Election expenses, 1919, 1919
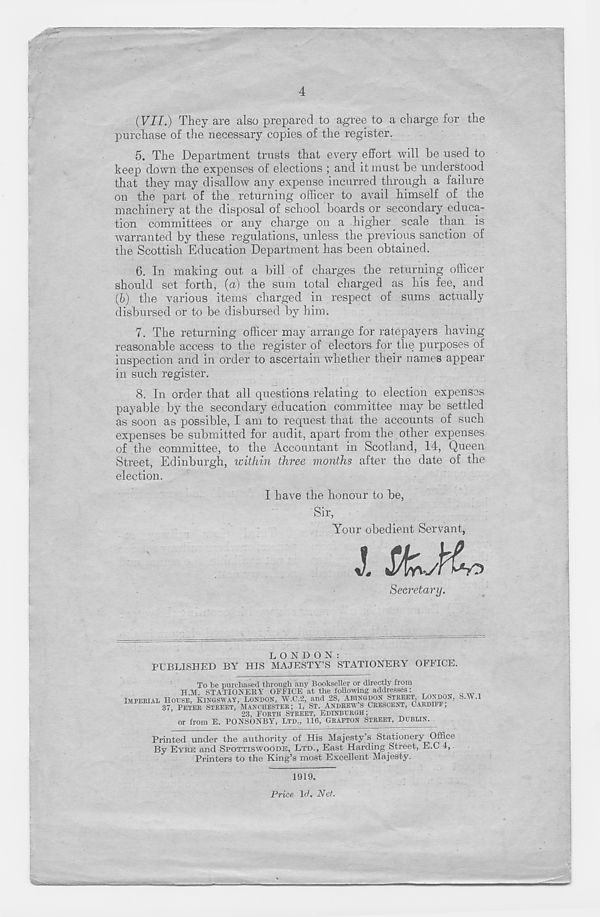
4
(VII.) They are also prepared to agree to a charge for the
purchase of the necessary copies of the register.
5. The Department trusts that every effort will he used to
keep down the expenses of elections ; and it must he understood
that they may disallow any expense incurred through a failure
on the part of the returning officer to avail himself of the
machinery at the disposal of school boards or secondary educa-
tion committees or any charge on a higher scale than is
warranted by these regulations, unless the previous sanction of
the Scottish Education Department has been obtained.
6. In making out a bill of charges the returning officer
should set forth, (a) the sum total charged as his fee, and
(6) the various items charged in respect of sums actually
disbursed or to be disbursed by him.
7. The returning officer may arrange for ratepayers having
reasonable access to the register of electors for the purposes of
inspection and in order to ascertain whether their names appear
in such register.
8. In order that all questions relating to election expenses
payable by the secondary education committee may be settled
as soon as possible, I am to request that the accounts of such
expenses be submitted for audit, apart from the other expenses
of the committee, to the Accountant in Scotland, 14, Queen
Street, Edinburgh, within three months after the date of the
election.
I have the honour to be,
Sir,
Your obedient Servant,
J.
Secretary.
LONDON:
PUBLISHED BY HIS MAJESTY’S STATIONERY OFFICE.
To tie purchased through any Bookseller or directly from
H M STATIONEBY OFFICE at the following addresses:
IMPERIAL HOUSE, KINGSWAY, LONDON, W.C.2, and 28, ABINGDON STREET LONDON, S.W.l
37 PETER STREET, MANCHESTER; 1, ST. ANDREW'S CRESCENT, CARDIFF,
23, FORTH STREET, EDINBURGH;
or from E. PONSONBY, LTD., 116, GRAFTON STREET, DUBLIN.
Printed under the authority of His Majesty’s Stationery Office
By EYRE and SPOTTISWOODE, LTD., East Harding Street, E.C 4,
Printers to the King’s most Excellent Majesty.
1919.
Price Id. Net.